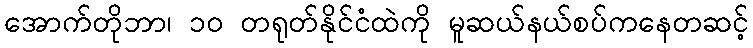
အောက်တိုဘာ၊ ၁၀ တရုတ်နိုင်ငံထဲကို မူဆယ်နယ်စပ်ကနေတဆင့်